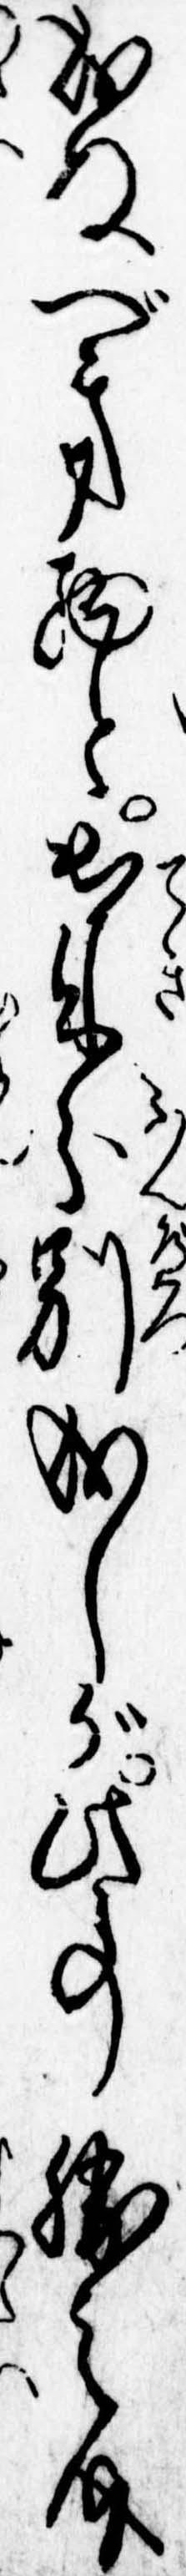
成ぬべき物と出来分別成しが此事勝之介